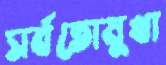
সর্বতোমুখা